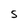
Character: S